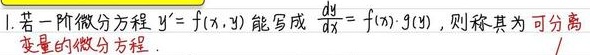
1. 若一阶微分方程 \(y' = f(x,y)\) 能写成 \(\frac{dy}{dx}=f(x)\cdot g(y)\)，则称其为可分离变量的微分方程。